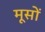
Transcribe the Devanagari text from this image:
मूसों